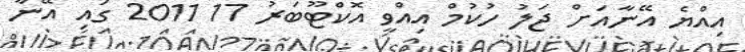
އިއްޔެ އޭނާއަށް ޖަލު ހުކުމް އިއްވީ އޮކްޓޫބަރު 17 2011 ގައި އޭނާ